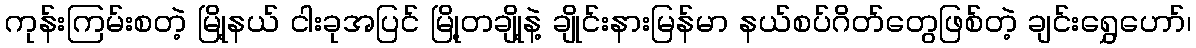
ကုန်းကြမ်းစတဲ့ မြို့နယ် ငါးခုအပြင် မြို့တချို့နဲ့ ချိုင်းနားမြန်မာ နယ်စပ်ဂိတ်တွေဖြစ်တဲ့ ချင်းရွှေဟော်၊